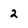
Character: 2